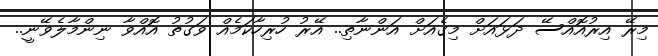
މިރޭ އިރުއޮއްސޭ ދަޅައަށް މިގެއަށް އަންނާތި.. އޭރު ހުރިހާކަމެއް ވަގުތު އޮއްވާ ނިންމާލެވޭނީ..